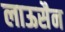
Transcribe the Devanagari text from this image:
लाऊसैन